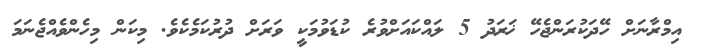
އިމްރާނަށް ހޭދަކުރަންޖެހޭ ޚަރަދު 5 ލައްކައަށްވުރެ ކުޑަވުމަކީ ވަރަށް ދުރުކަމެކެވެ. މިކަން މިހެންވެއްޖެނަމަ